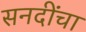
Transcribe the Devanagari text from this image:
सनदींचा